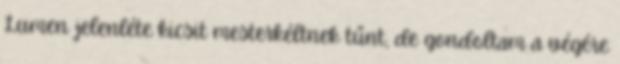
Lumen jelenléte kicsit mesterkéltnek tűnt, de gondoltam a végére